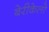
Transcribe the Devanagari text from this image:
बेरीकेलो